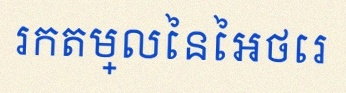
រកតម្លៃនៃអថេរ